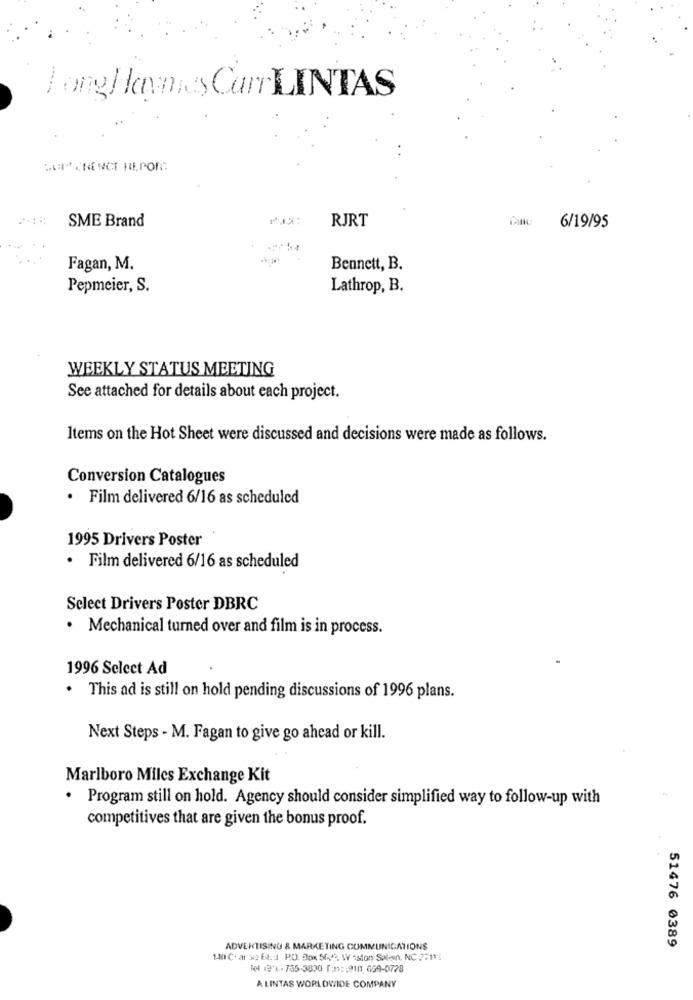
LongHoymas CarLINTAS
SME Brand
RJRT
6/19/95
Fagan, M.
Bennett, B.
Pepmeier, S.
Lathrop, B.
WEEKLY STATUS MEETING
See attached for details about each project.
Items on the Hot Sheet were discussed and decisions were made as follows.
Conversion Catalogues
· Film delivered 6/16 as scheduled
1995 Drivers Poster
· Film delivered 6/16 as scheduled
Select Drivers Poster DBRC
· Mechanical turned over and film is in process.
1996 Select Ad
This ad is still on hold pending discussions of 1996 plans.
Next Steps - M. Fagan to give go ahead or kill.
Marlboro Miles Exchange Kit
. Program still on hold. Agency should consider simplified way to follow-up with
competitives that are given the bonus proof.
ADVERTISING & MARKETING COMMUNICATIONS
51476 0389
140 C. ar xe fo :: 1 P.O. Box 500 ?, W -ston-Saleen, NC 27115
104 1974-755-3830 [3) :: 910, 659-0728
A LINTAS WORLDWIDE COMPANY